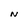
Character: N